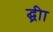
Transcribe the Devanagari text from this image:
द्घ्रीा